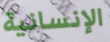
الإنسانية